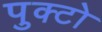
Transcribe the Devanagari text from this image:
पुक्टो